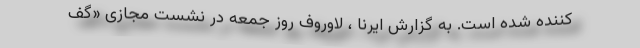
کننده شده است. به گزارش ایرنا ، لاوروف روز جمعه در نشست مجازی «گف